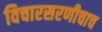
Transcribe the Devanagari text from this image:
विचारसरणीचाच